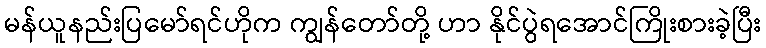
မန်ယူနည်းပြမော်ရင်ဟိုက ကျွန်တော်တို့ ဟာ နိုင်ပွဲရအောင်ကြိုးစားခဲ့ပြီး